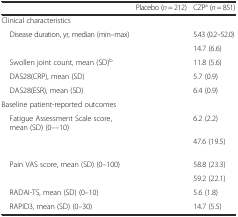
<table><thead><tr><td>[EMPTY_CELL]</td><td><b>Placebo (<i>n</i> = 212)</b></td><td><b>CZP<sup>a</sup> (<i>n</i> = 851)</b></td></tr></thead><tbody><tr><td colspan="3">Clinical characteristics</td></tr><tr><td> Disease duration, yr, median (min–max)</td><td>[EMPTY_CELL]</td><td>5.43 (0.2–52.0)</td></tr><tr><td>[EMPTY_CELL]</td><td>[EMPTY_CELL]</td><td>14.7 (6.6)</td></tr><tr><td> Swollen joint count, mean (SD)<sup>b</sup></td><td>[EMPTY_CELL]</td><td>11.8 (5.6)</td></tr><tr><td> DAS28(CRP), mean (SD)</td><td>[EMPTY_CELL]</td><td>5.7 (0.9)</td></tr><tr><td> DAS28(ESR), mean (SD)</td><td>[EMPTY_CELL]</td><td>6.4 (0.9)</td></tr><tr><td colspan="3">Baseline patient-reported outcomes</td></tr><tr><td> Fatigue Assessment Scale score, mean (SD) (0––10)</td><td>[EMPTY_CELL]</td><td>6.2 (2.2)</td></tr><tr><td>[EMPTY_CELL]</td><td>[EMPTY_CELL]</td><td>47.6 (19.5)</td></tr><tr><td> Pain VAS score, mean (SD) (0–100)</td><td>[EMPTY_CELL]</td><td>58.8 (23.3)</td></tr><tr><td>[EMPTY_CELL]</td><td>[EMPTY_CELL]</td><td>59.2 (22.1)</td></tr><tr><td> RADAI-TS, mean (SD) (0–10)</td><td>[EMPTY_CELL]</td><td>5.6 (1.8)</td></tr><tr><td> RAPID3, mean (SD) (0–30)</td><td>[EMPTY_CELL]</td><td>14.7 (5.5)</td></tr></tbody></table>